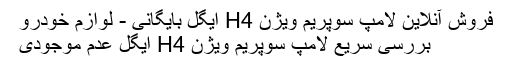
فروش آنلاین لامپ سوپریم ویژن H4 ایگل بایگانی - لوازم خودرو
بررسی سریع لامپ سوپریم ویژن H4 ایگل عدم موجودی